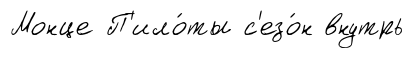
Монце П'ило́ты с'езо́н внутрь